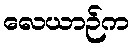
လေယာဉ်က